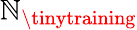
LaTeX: \mathbb{N}_{\textrm{{\tinytraining}}}